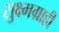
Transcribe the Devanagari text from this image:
सुक्ष्मग्राही